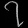
Digit: ၇